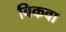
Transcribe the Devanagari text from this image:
बिकवा